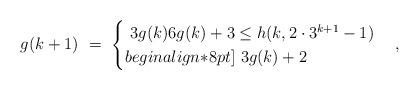
LaTeX: \begin{align*}g(k + 1) \ = \ \begin{cases}\ 3 g(k) 6 g(k) + 3 \leq h(k, 2 \cdot 3^{k + 1} - 1) \\begin{align*}8pt]\ 3 g(k) + 2 \end{cases},\end{align*}